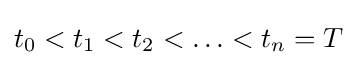
t_{0}<t_{1}<t_{2}<\ldots <t_{n}=T